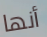
أنها